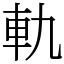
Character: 軌